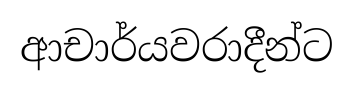
ආචාර්යවරාදීන්ට